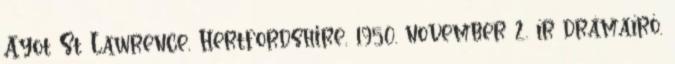
Ayot St Lawrence, Hertfordshire, 1950. november 2. ír drámaíró.